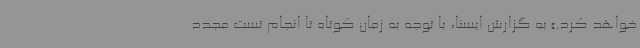
خواهد کرد.» به گزارش ایسنا، با توجه به زمان کوتاه تا انجام تست مجدد